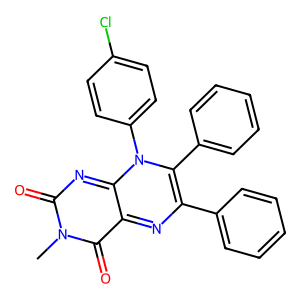
SMILES: Cn1c(=O)nc2n(-c3ccc(Cl)cc3)c(-c3ccccc3)c(-c3ccccc3)nc-2c1=O
Inhibits HIV replication: No